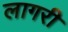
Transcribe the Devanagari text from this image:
लागरी